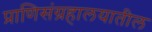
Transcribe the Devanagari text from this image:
प्राणिसंग्रहालयातील